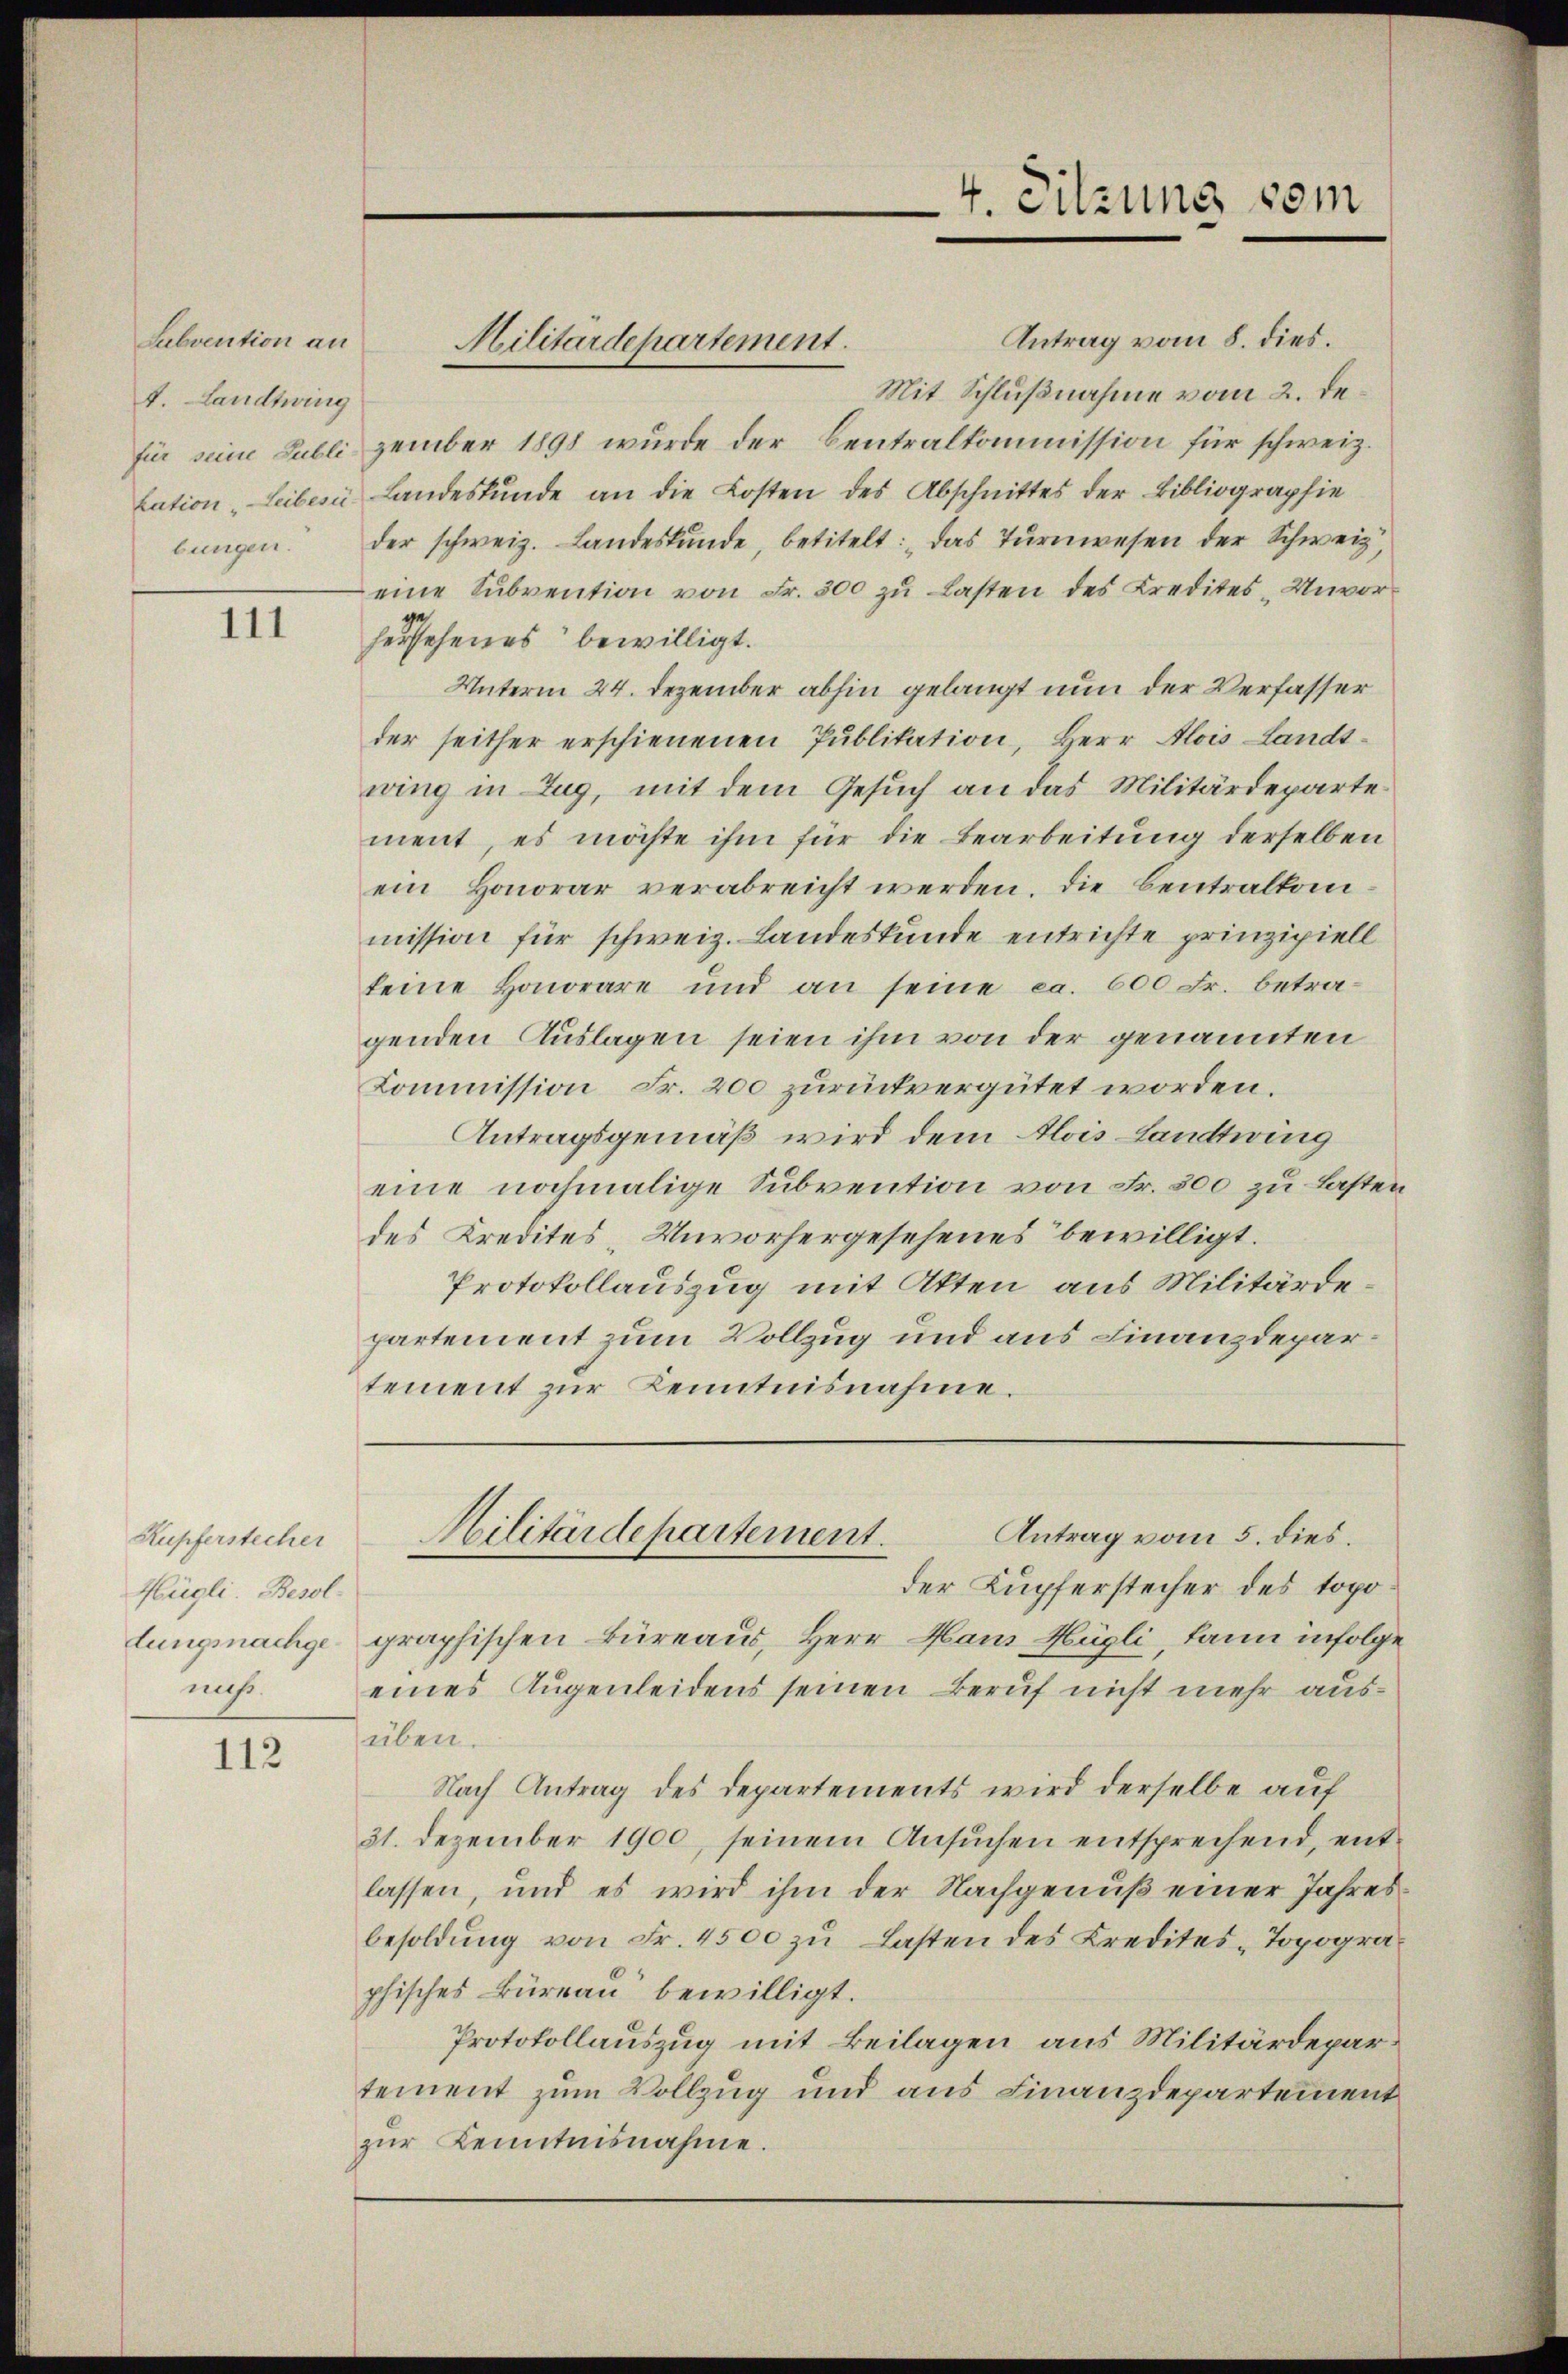
Subvention an
V. Landtwing

111

Kupferstecher
Hügli. Besolmehr

112

Antrag vom 8. dies.
Mit Schlußnahme vom 2. de
für seine Publi zember 1898 wurde der Centralkommission für schweiz.
tation „Leibes Landeskunde an die Kosten des Abschnittes der Bibliographie
bungen. Der schweiz. Landeskŭnde, betitelt: das Tŭrnwesen der Schweiz,
eine Subvention von Fr. 300 zu Lasten des Kredites Unvorherstehenes bewilligt.
Unterm 24. Dezember abhin gelangt nun der Verfasser
der seither erschienenen Publikation, Herr Alois Landtwing in Zug, mit dem Gesuch an das Militärdepartement, es möchte ihm für die Bearbeitung derselben
ein Honorar verabreicht werden. Die Centralkommission für schweiz. Landeskunde entrichte prinzipiell
keine Honorare und an seine ca. 600 Fr. betragenden Auslagen seien ihm von der genannten
Kommission Fr. 200 zurückvergütet worden.
Antragsgemäß wird dem Alois Landtwing
eine nochmalige Subvention von Fr. 300 zu Lasten
des Kredites, Unvorhergesehenes bewilligt.
Protokollauszug mit Akten aus Militärdepartement zum Vollzug und aus Finanzdepartement zŭr Kenntnisnahme.

Militärdepartement.

4. Sitzung vom

der Kupferstecher des topotungsnachge graphischen Büreaus, Herr Haus Hügli, kann infolge
eines Augenleidens seinen Beruf nicht mehr ausüben.
Nach Antrag des Departements wird derselbe auf
31. Dezember 1900, seinem Ansuchen entsprechend, entlassen, und es wird ihm der Nachgenuß einer Jahresbesoldung von Fr. 4500 zu Lasten des Kredites Topographisches Büreau bewilligt.
Protokollauszug mit Beilagen aus Militärdepartement zum Vollzug und aus Finanzdepartement
zur Kenntnisnahme.

Antrag vom 5. dies.
Militärdepartement.